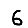
Digit: 6